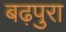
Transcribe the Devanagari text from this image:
बढ़पुरा